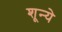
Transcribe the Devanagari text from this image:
शून्ये